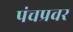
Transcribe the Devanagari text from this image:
पंचप्रवर